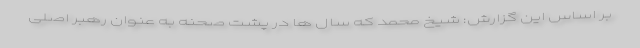
بر اساس این گزارش: شیخ محمد که سال ها در پشت صحنه به عنوان رهبر اصلی